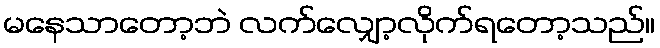
မနေသာတော့ဘဲ လက်လျှော့လိုက်ရတော့သည်။